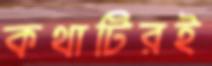
কথাটিরই